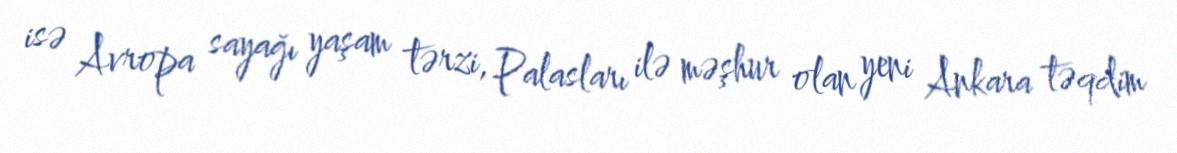
isə Avropa sayağı yaşam tərzi, Palasları ilə məşhur olan yeni Ankara təqdim